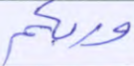
وربكم